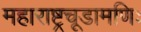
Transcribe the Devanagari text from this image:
महाराष्ट्रचूडामणिः